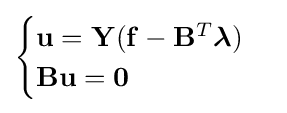
{\begin{cases}\mathbf {u} =\mathbf {Y} (\mathbf {f} -\mathbf {B} ^{T}{\boldsymbol {\lambda }})\\\mathbf {B} \mathbf {u} =\mathbf {0} \end{cases}}